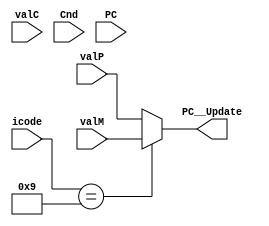
module PC_UPDATE(valP,valC,valM,Cnd,icode,PC,PC__Update);
  input [63:0] valP; //Incremented PC
  input [63:0] valC; //Insruction Constant
  input [63:0] valM; //Value from Memory
  input Cnd;         //Branch Flag
  input [3:0] icode; //Instruction Code
  input [63:0] PC;   
  output reg [63:0] PC__Update;
  
  
  always@(*) begin 
    if (icode == 4'b0111) begin
      //jxx - jmp, jle, jl, je, jne, jge, and jg
      //Program Counter is set to Dest if branch is taken (Takes valC)
      //Otherwise PC is incremented by 9 (Takes valP) 
      
      if  (Cnd == 1'b1) begin
        PC__Update = valC;
      end
      else begin
        PC__Update = valP;
      end
    end
    
    if (icode == 4'b1000) begin
      //call
      //Program Counter is set to Dest (Takes valC)
      
      PC__Update = valC;
    end
    
    if (icode == 4'b1001) begin
      //ret
      //Program Counter is set to return address (Takes valP)
      
      PC__Update = valM;
    end
    
    else begin
      PC__Update = valP;
    end
  end   
endmodule